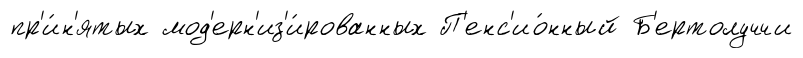
пр'и́н'ятых мод'ерн'из'и́рованных П'енс'ио́нный Б'ертолуччи